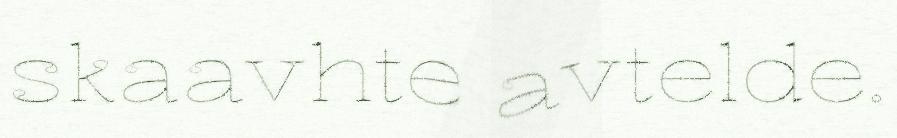
skaavhte avtelde.